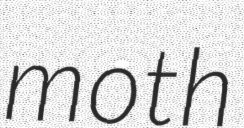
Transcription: moth